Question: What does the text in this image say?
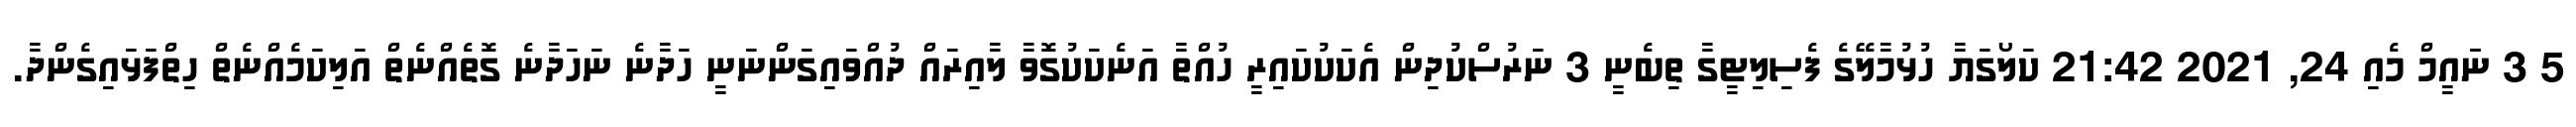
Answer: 5 3 ނަައީމް މެއި 24, 2021 21:42 ކަލޯގަޔާ ހުޅުމާލޭގެ ފެސިލިޓީގާ ތިބެނީ 3 ނަރުސްކުދިން އެކަކުކައިރީ ހުއްތާ އަނެކަކުގޮވާ ލާއިރައް ދުއްވައިގަންނަނީ ހަދާނެ ނަހަދާނެ ގޮތެއްނެތް އަލިކަމެއްނެތް ހިތްފަޅައިގެންދާ.